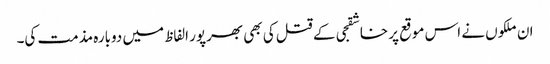
ان ملکوں نے اس موقع پر خاشقجی کے قتل کی بھی بھرپور الفاظ میں دوبارہ مذمت کی۔